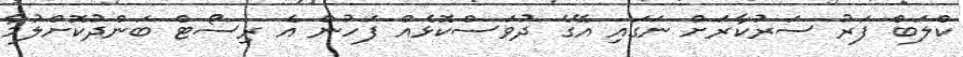
ކްލަބް ފަރު ސަރުކާރަށް ނަގައި އޭގެ ދުވަސްކޮޅެއް ފަހުން އެ ރިސޯޓް ބަންދުކޮށްލުމާ